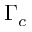
\Gamma _ { c }